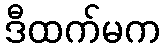
ဒီထက်မက